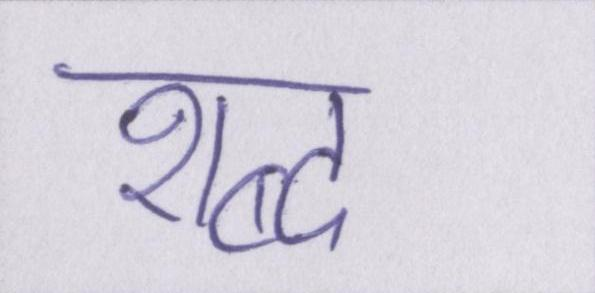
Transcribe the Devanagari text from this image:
शब्द